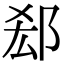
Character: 郄